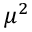
\mu ^ { 2 }